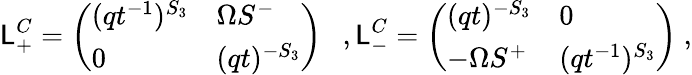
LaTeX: \mathsf{L}_{+}^{C}=\left(\begin{array}{ll}{{(qt^{-1})^{S_{3}}}}&{{\Omega S^{-}}}\\ {{0}}&{{(qt)^{-S_{3}}}}\end{array}\right)\ \ \ ,\mathsf{L}_{-}^{C}=\left(\begin{array}{ll}{{(qt)^{-S_{3}}}}&{{0}}\\ {{-\Omega S^{+}}}&{{(qt^{-1})^{S_{3}}}}\end{array}\right)\ ,